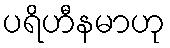
ပရိဟီနမာဟု